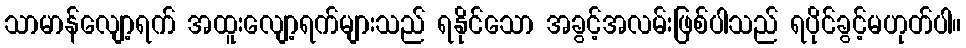
သာမာန်လျော့ရက် အထူးလျော့ရက်များသည် ရနိုင်သော အခွင့်အလမ်းဖြစ်ပါသည် ရပိုင်ခွင့်မဟုတ်ပါ။